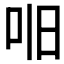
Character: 𫩥